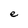
Character: e